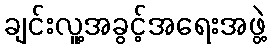
ချင်းလူ့အခွင့်အရေးအဖွဲ့